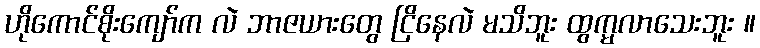
ဟိုကောင်စိုးကျော်က လဲ ဘာဇယားတွေ ငြိနေလဲ မသိဘူး ထွက္မလာသေးဘူး ။